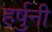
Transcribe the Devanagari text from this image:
हर्षुनी